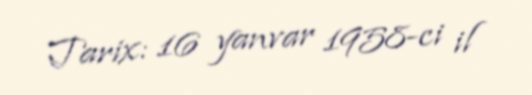
Tarix: 16 yanvar 1958-ci il